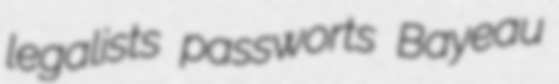
legalists passworts Bayeau